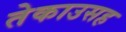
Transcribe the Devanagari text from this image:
तेकाउसह